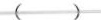
（ ）